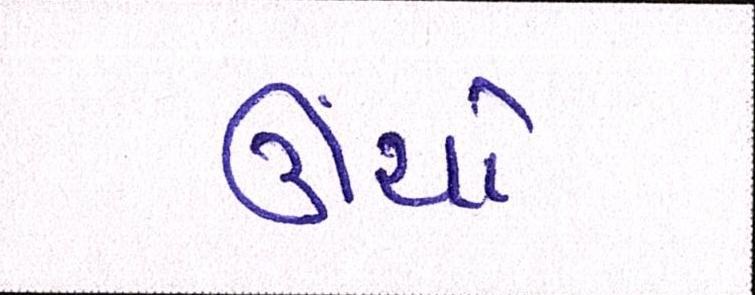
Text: ઊંચો